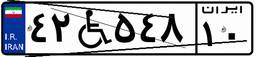
۶۳W۲۳۴۴۳